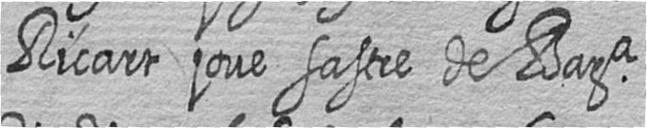
Ricart jove sastre de Bara